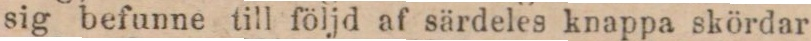
sig befunne till följd af särdeles knappa skördar